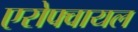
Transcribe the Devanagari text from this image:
एरोफ्वायल